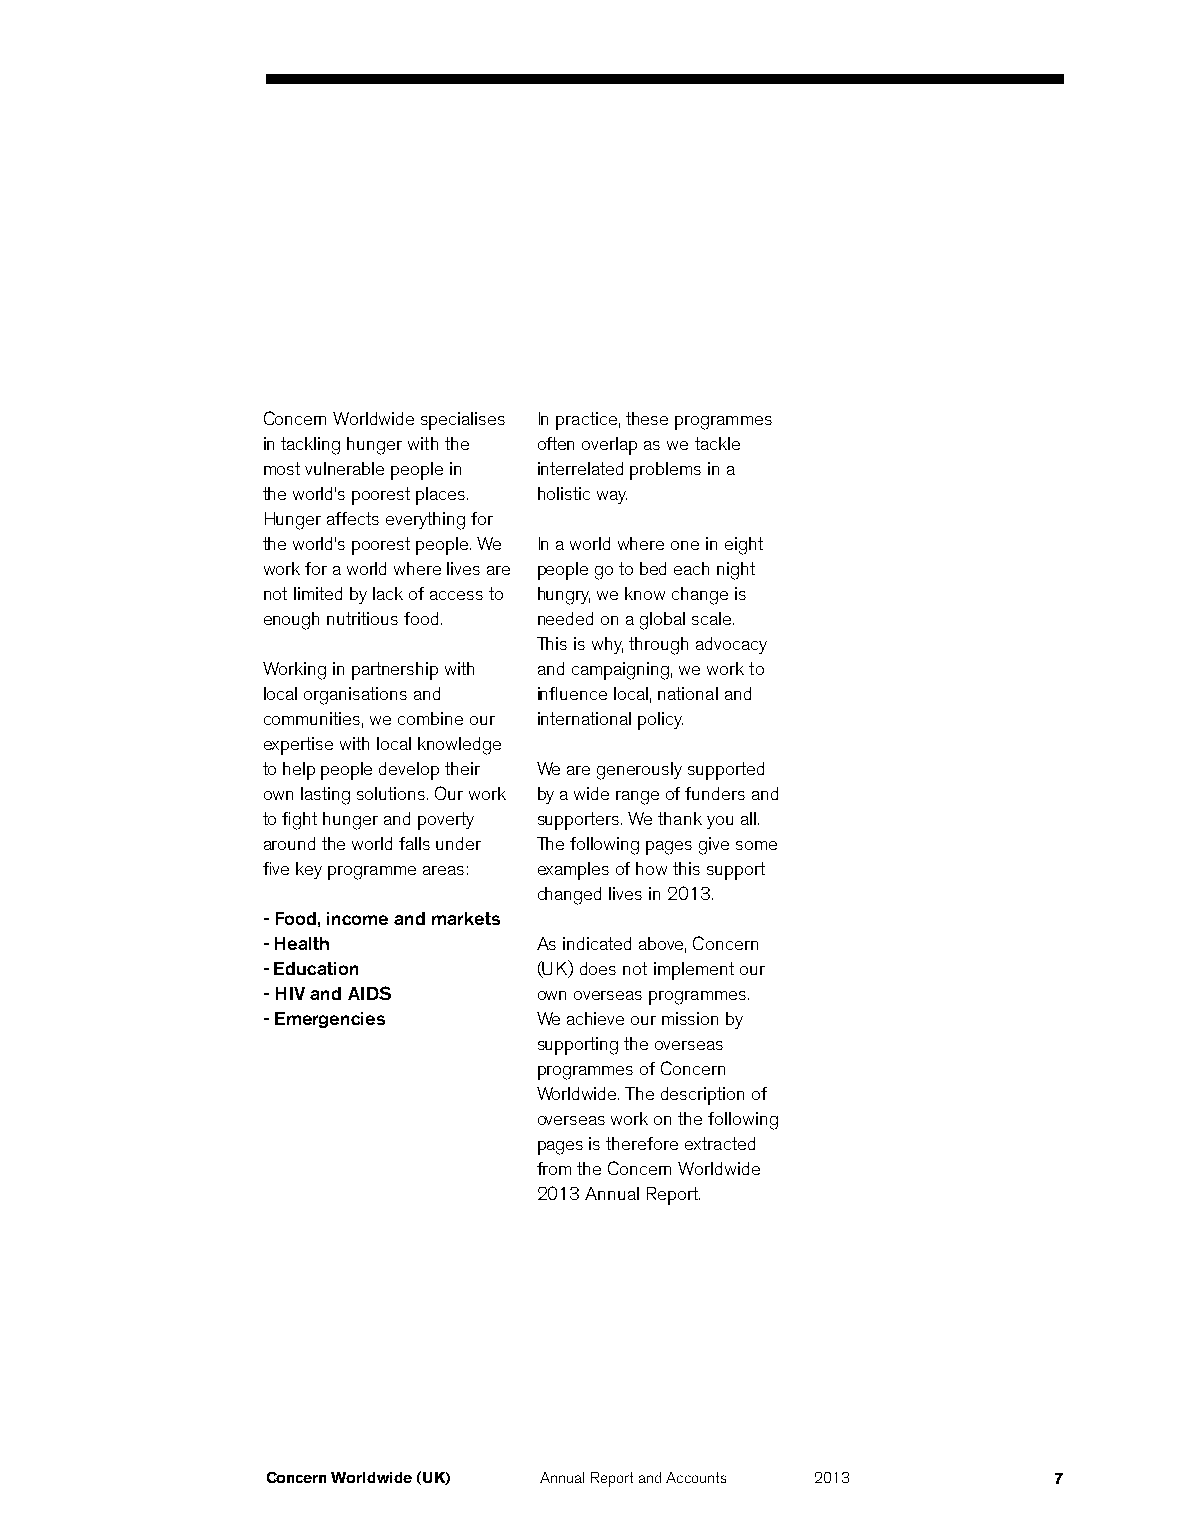
Concern Worldwide specialises In practice, these programmes
 in tackling hunger with the often overlap as we tackle
 most vulnerable people in interrelated problems in a
 the world’s poorest places. holistic way.
 Hunger affects everything for
 the world’s poorest people. We In a world where one in eight
 work for a world where lives are people go to bed each night
 not limited by lack of access to hungry, we know change is
 enough nutritious food. needed on a global scale.
 This is why, through advocacy
 Working in partnership with and campaigning, we work to
 local organisations and influence local, national and
 communities, we combine our international policy.
 expertise with local knowledge
 to help people develop their We are generously supported
 own lasting solutions. Our work by a wide range of funders and
 to fight hunger and poverty supporters. We thank you all.
 around the world falls under The following pages give some
 five key programme areas: examples of how this support
 changed lives in 2013.
 - Food, income and markets
 - Health          As indicated above, Concern
 - Education       (UK) does not implement our
 - HIV and AIDS    own overseas programmes.
 - Emergencies     We achieve our mission by
 supporting the overseas
 programmes of Concern
 Worldwide. The description of
 overseas work on the following
 pages is therefore extracted
 from the Concern Worldwide
 2013 Annual Report.
 Concern Worldwide (UK) Annual Report and Accounts 2013 7